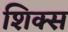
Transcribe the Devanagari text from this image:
शिक्स